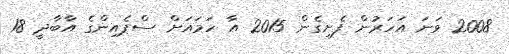
2008 ވަނަ އަހަރުން ފެށިގެން 2015 އާ ހަމައަށް ސްޕެއިންގެ އާބާދީ 18